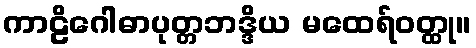
ကာဠိဂေါဓာပုတ္တဘဒ္ဒိယ မထေရ်ဝတ္ထု။